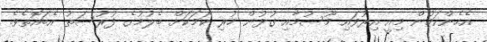
އެހެންކަމުން މިއީ އިރުވައި މޫސުމާއި ގުޅުން ހުރި ކަމަކަށް ބެލުމުގެ ފުރުސަތު އެބައޮތެވެ.